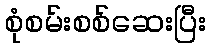
စုံစမ်းစစ်ဆေးပြီး